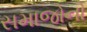
સમાજોનો